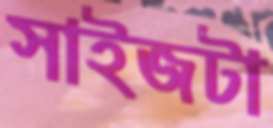
সাইজটা